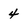
Character: 4